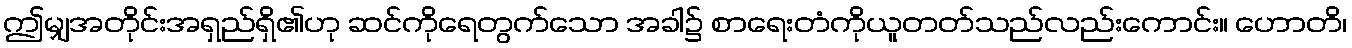
ဤမျှအတိုင်းအရှည်ရှိ၏ဟု ဆင်ကိုရေတွက်သော အခါ၌ စာရေးတံကိုယူတတ်သည်လည်းကောင်း။ ဟောတိ၊